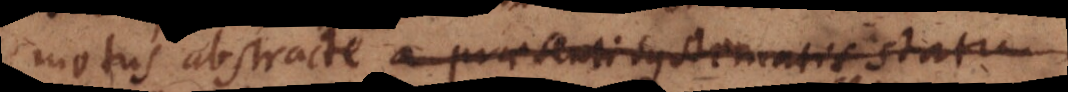
motus abstracte a praesenti systematis statu